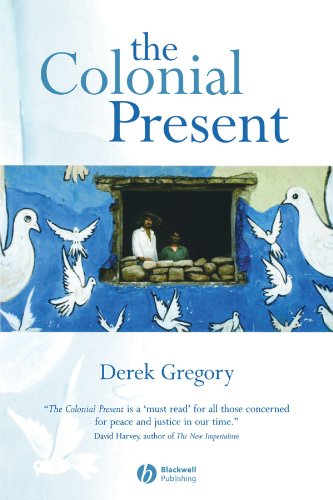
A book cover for The Colonial Present: Afghanistan, Palestine, Iraq; Derek Gregory; History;